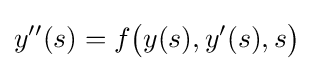
y''(s)=f{\big (}y(s),y'(s),s{\big )}